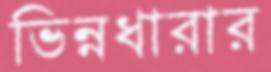
ভিন্নধারার